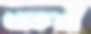
খাকশ্রী